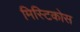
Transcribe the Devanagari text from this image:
मिस्टिकोस